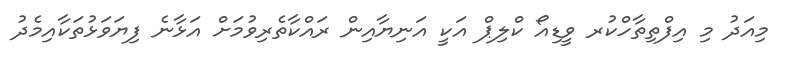
މިއަދު މި އިފްތިތާހްކުރ ވީޑިއޯ ކްލިޕް އަކީ އަނިޔާއިން ރައްކާތެރިވުމަށް އަޅާނެ ފިޔަވަޅުތަކާއިމެދު